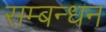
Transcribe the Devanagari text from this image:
सम्बन्धन